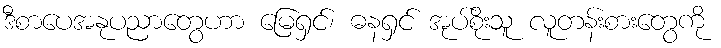
ဒီစာပေအနုပညာတွေဟာ မြေရှင်၊ ဓနရှင် အုပ်စိုးသူ လူတန်းစားတွေကို